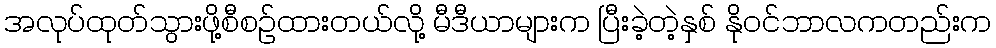
အလုပ်ထုတ်သွားဖို့စီစဉ်ထားတယ်လို့ မီဒီယာများက ပြီးခဲ့တဲ့နှစ် နိုဝင်ဘာလကတည်းက